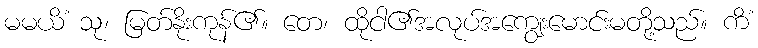
မမယိံ သု၊ မြတ်နိုးကုန်၏။ တေ၊ ထိုငါ၏အလုပ်အကျွေးမောင်းမတို့သည်။ ကိံ